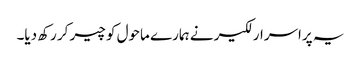
یہ پراسرار لکیر نے ہمارے ماحول کو چیر کر رکھ دیا۔